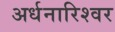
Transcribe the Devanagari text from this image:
अर्धनारिश्वर